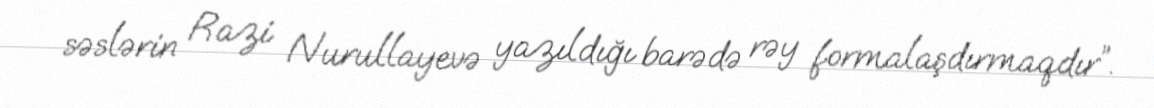
səslərin Razi Nurullayevə yazıldığı barədə rəy formalaşdırmaqdır”.